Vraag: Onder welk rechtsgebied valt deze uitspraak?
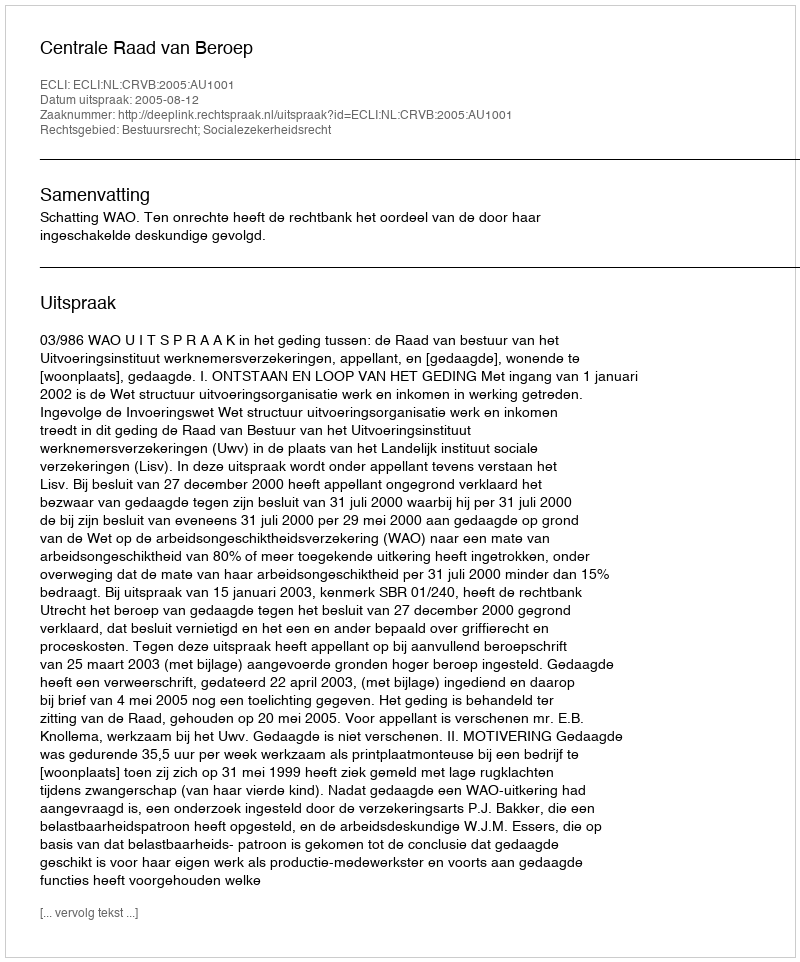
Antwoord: Bestuursrecht; Socialezekerheidsrecht